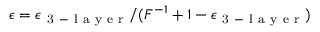
\epsilon = \epsilon _ { \mathrm { ~ 3 ~ - ~ l ~ a ~ y ~ e ~ r ~ } } / ( F ^ { - 1 } + 1 - \epsilon _ { \mathrm { ~ 3 ~ - ~ l ~ a ~ y ~ e ~ r ~ } } )